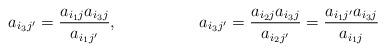
LaTeX: \begin{align*}a_{i_3j'} &= \frac{a_{i_1j}a_{i_3j}}{a_{i_1j'}}, &a_{i_3j'} &= \frac{a_{i_2j}a_{i_3j}}{a_{i_2j'}} = \frac{a_{i_1j'}a_{i_3j}}{a_{i_1j}}\end{align*}